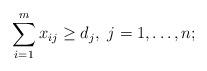
LaTeX: \begin{align*}\sum_{i=1}^{m}x_{ij}\geq d_j,~j = 1,\dots, n;\end{align*}